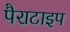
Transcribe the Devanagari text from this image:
पैराटाइप